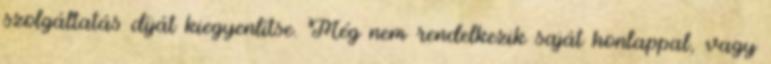
szolgáltatás díját kiegyenlítse. Még nem rendelkezik saját honlappal, vagy